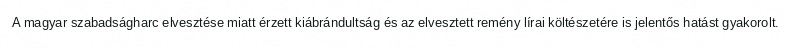
A magyar szabadságharc elvesztése miatt érzett kiábrándultság és az elvesztett remény lírai költészetére is jelentős hatást gyakorolt.